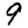
Digit: 9